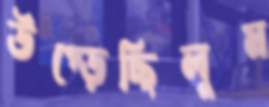
উপ্‌ড়েছিলুম